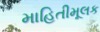
માહિતીમૂલક